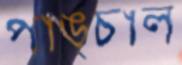
পাঙ্চাল